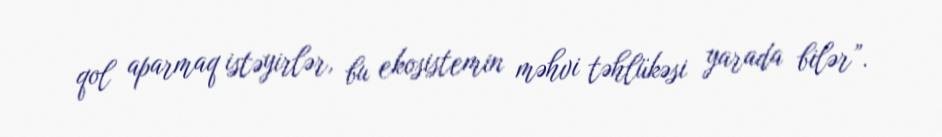
qol aparmaq istəyirlər, bu ekosistemin məhvi təhlükəsi yarada bilər”.